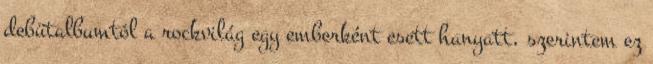
debütalbumtól a rockvilág egy emberként esett hanyatt, szerintem ez